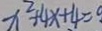
x ^ { 2 } + 4 x + 4 = 9